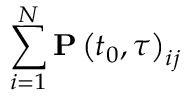
\sum _ { i = 1 } ^ { N } \mathbf { P } \left( t _ { 0 } , \tau \right) _ { i j }